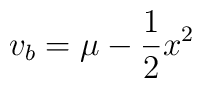
v_b = \mu - {1\over 2} x^2